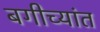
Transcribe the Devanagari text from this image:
बगीच्यांत